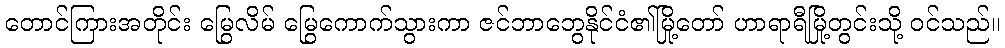
တောင်ကြားအတိုင်း မြွေလိမ် မြွေကောက်သွားကာ ဇင်ဘာဘွေနိုင်ငံ၏မြို့တော် ဟာရာရီမြို့တွင်းသို့ ဝင်သည်။